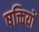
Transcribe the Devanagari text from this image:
षक्तियों